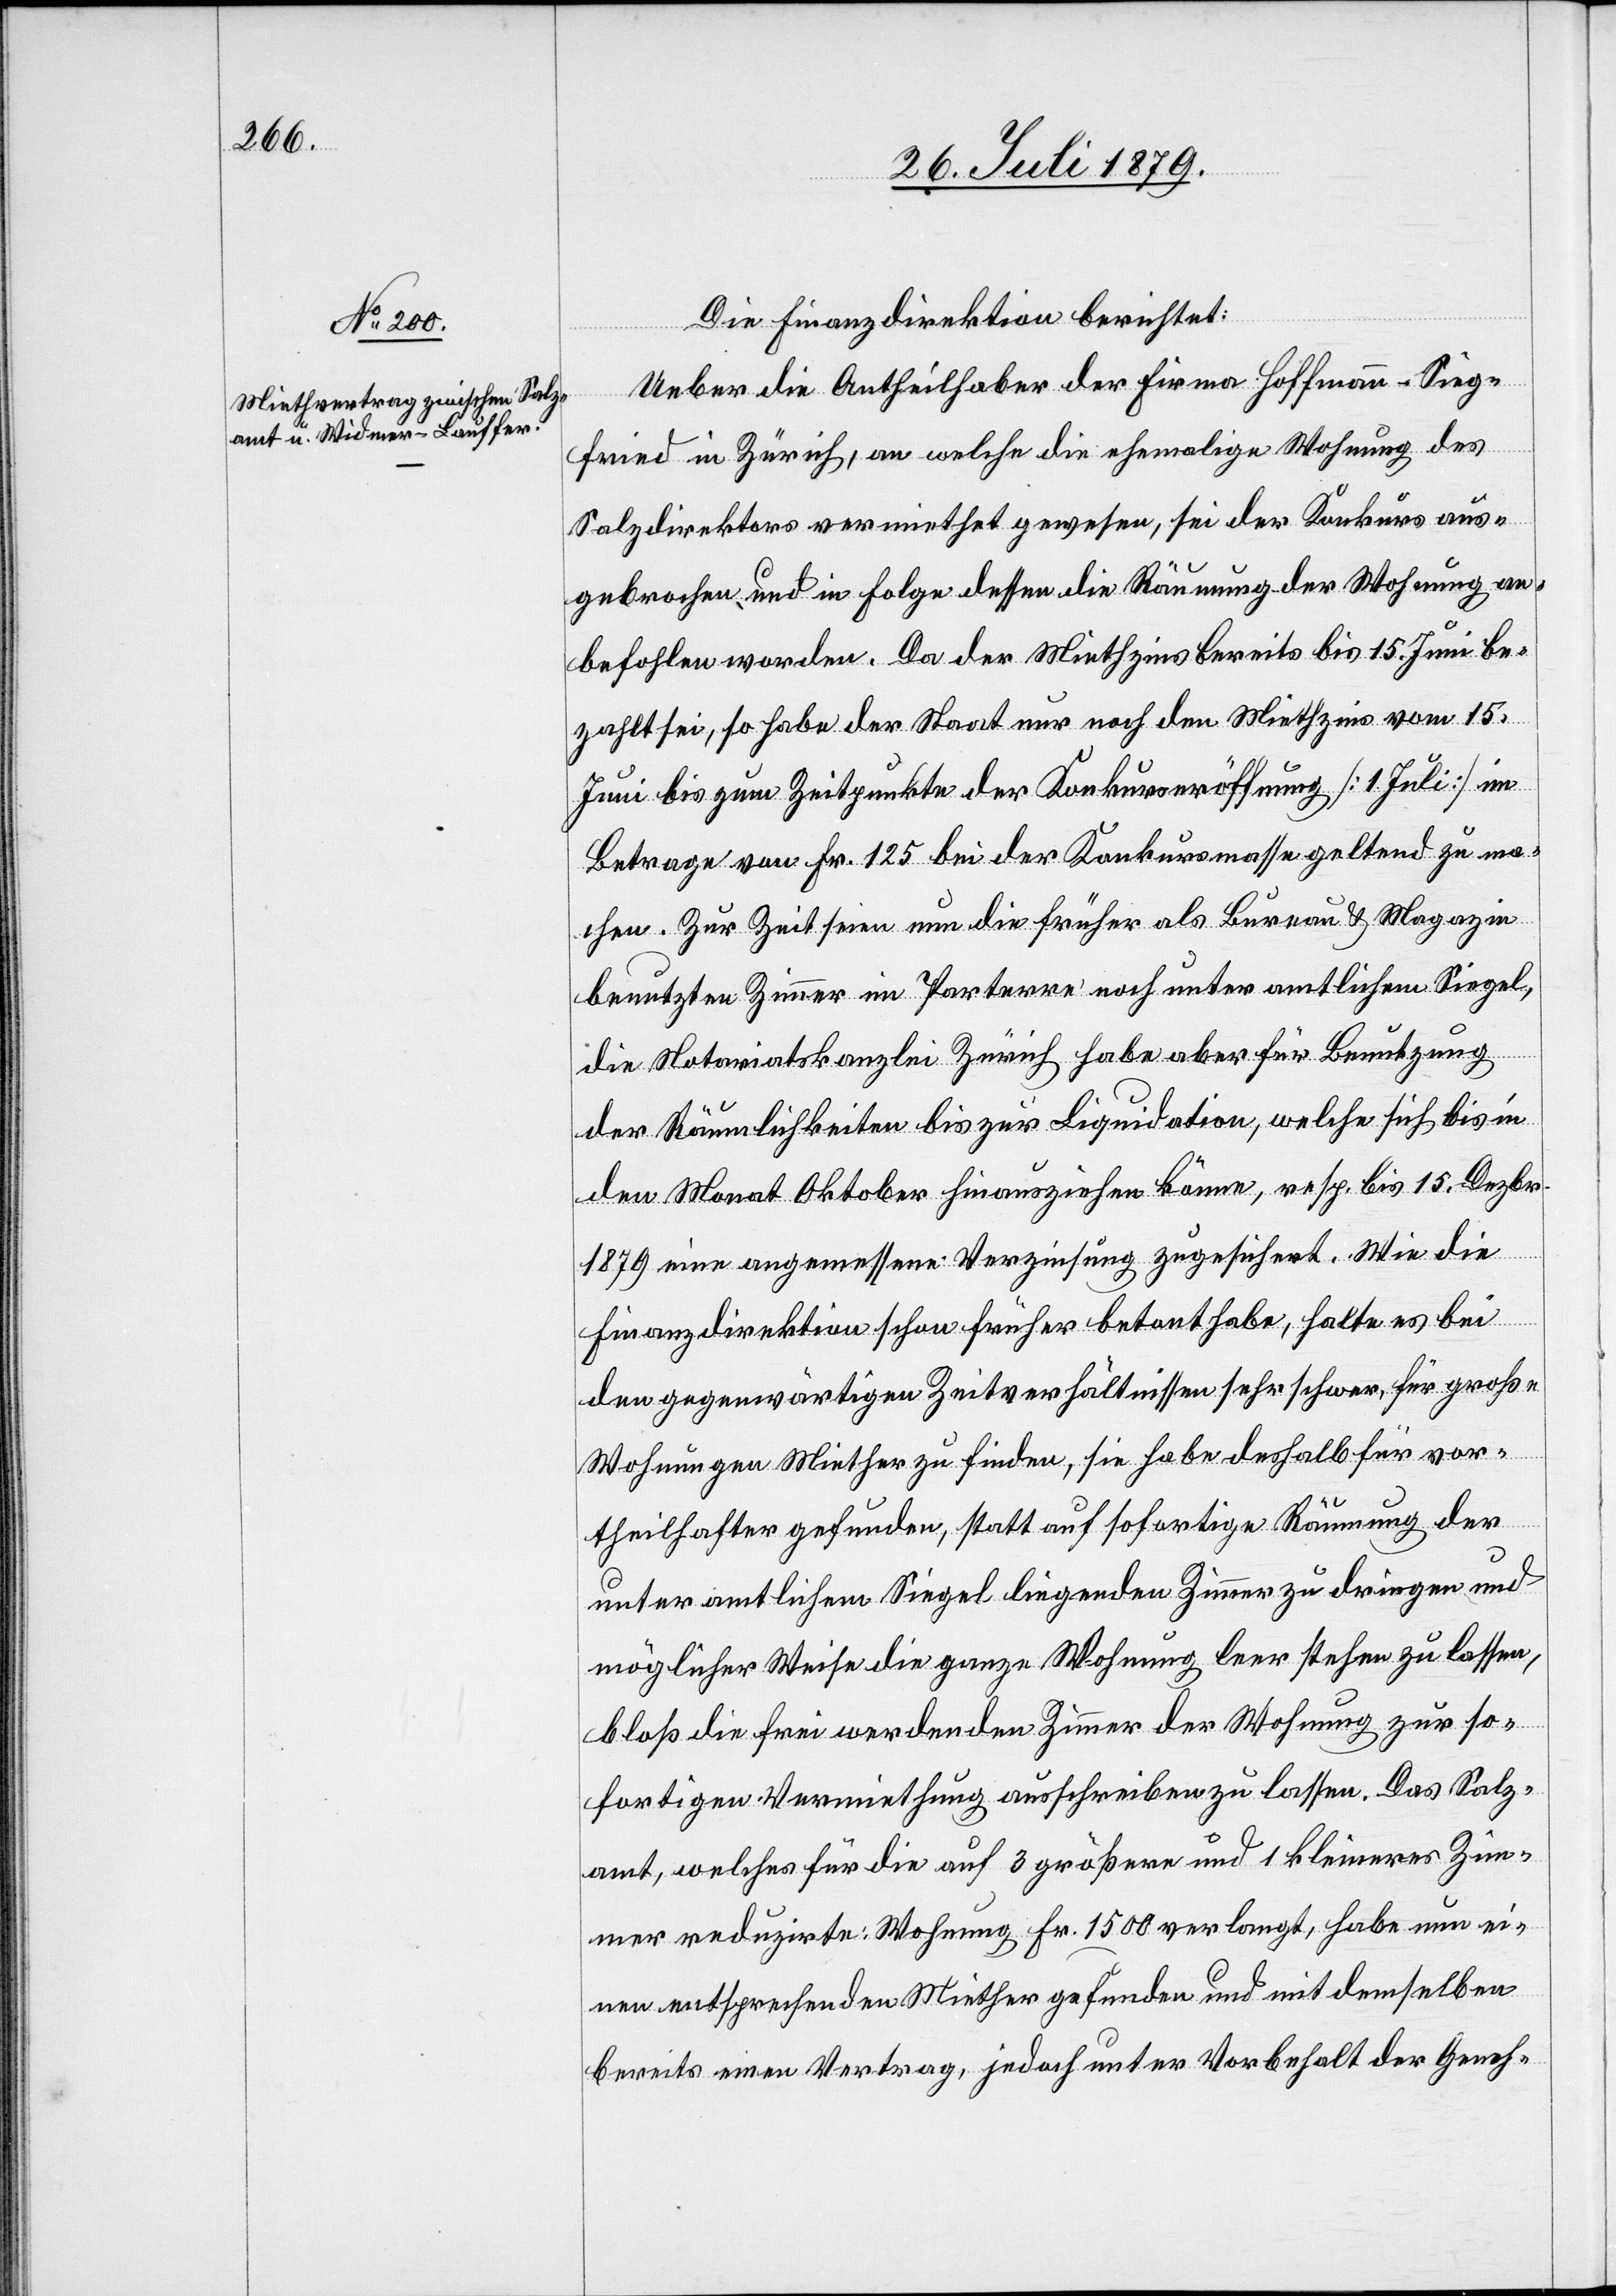
Die Finanzdirektion berichtet:
Ueber die Antheilhaber der Firma Hoffmann-Sieg¬
fried in Zürich, an welche die ehemalige Wohnung des
Salzdirektors vermiethet gewesen, sei der Konkurs aus¬
gebrochen und in Folge dessen die Räumung der Wohnung an¬
befohlen worden. Da der Miethzins bereits bis 15. Juni be¬
zahlt sei, so habe der Staat nur noch den Miethzins vom 15.
Juni bis zum Zeitpunkte der Konkurseröffnung [1. Juli] im
Betrage von Fr. 125 bei der Konkursmasse geltend zu ma¬
chen. Zur Zeit seien nun die früher als Bureau & Magazin
benutzten Zimmer im Parterre noch unter amtlichem Siegel,
die Notariatskanzlei Zürich habe aber die Benutzung
der Räumlichkeiten bis zur Liquidation, welche sich bis in
den Monat Oktober hinausziehen könne, resp. bis 15. Dezbr.
1879 eine angemessene Verzinsung zugesichert. Wie die
Finanzdirektion schon früher betont habe, halte es bei
den gegenwärtigen Zeitverhältnissen sehr schwer, für große
Wohnungen Miether zu finden, sie habe deshalb für vor¬
theilhafter gefunden, statt auf sofortige Räumung der
unter amtlichen Siegel liegenden Zimmer zu dringen und
möglicher Weise die ganze Wohnung leer stehen zu lassen,
bloß die frei werdenden Zimmer der Wohnung zur so¬
fortigen Vermiethung ausschreiben zu lassen. Das Salz¬
amt, welches für die 3 größern und 1 kleineres Zim¬
mer reduzirte Wohnung Fr. 1500 verlangt, habe nun ei¬
nen entsprechenden Miether gefunden und mit demselben
bereits einen Vertrag, jedoch unter Vorbehalt der Geneh-